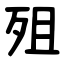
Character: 殂